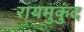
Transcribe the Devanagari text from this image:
रायमुकुंद